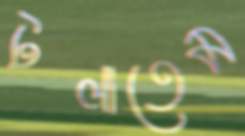
টলাতেম